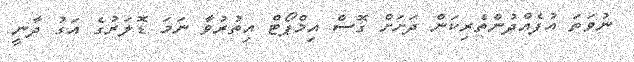
ނުވަތަ އުފެއްދުންތެރިކަން ދަށަށް ގޮސް އިމްޕޯޓް އިތުރުވާ ނަމަ ޑޮލަރުގެ އަގު ދާނީ